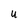
Character: U